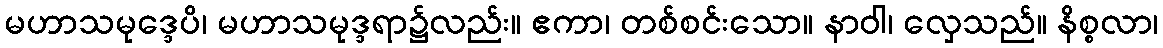
မဟာသမုဒ္ဒေပိ၊ မဟာသမုဒ္ဒရာ၌လည်း။ ဧကာ၊ တစ်စင်းသော။ နာဝါ၊ လှေသည်။ နိစ္စလာ၊